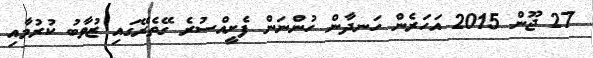
27 ޖޫން 2015 އަހަރެން ހަނދާން ހުންނަން ފެށީއްސުރެ ގޭތެރޭގައި ޒުވާބު ކުރުމާއި